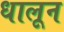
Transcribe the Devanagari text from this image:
धालून